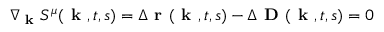
\nabla _ { \textbf { k } } S ^ { \mu } ( \textbf { k } , t , s ) = \Delta \textbf { r } ( \textbf { k } , t , s ) - \Delta \textbf { D } ( \textbf { k } , t , s ) = 0